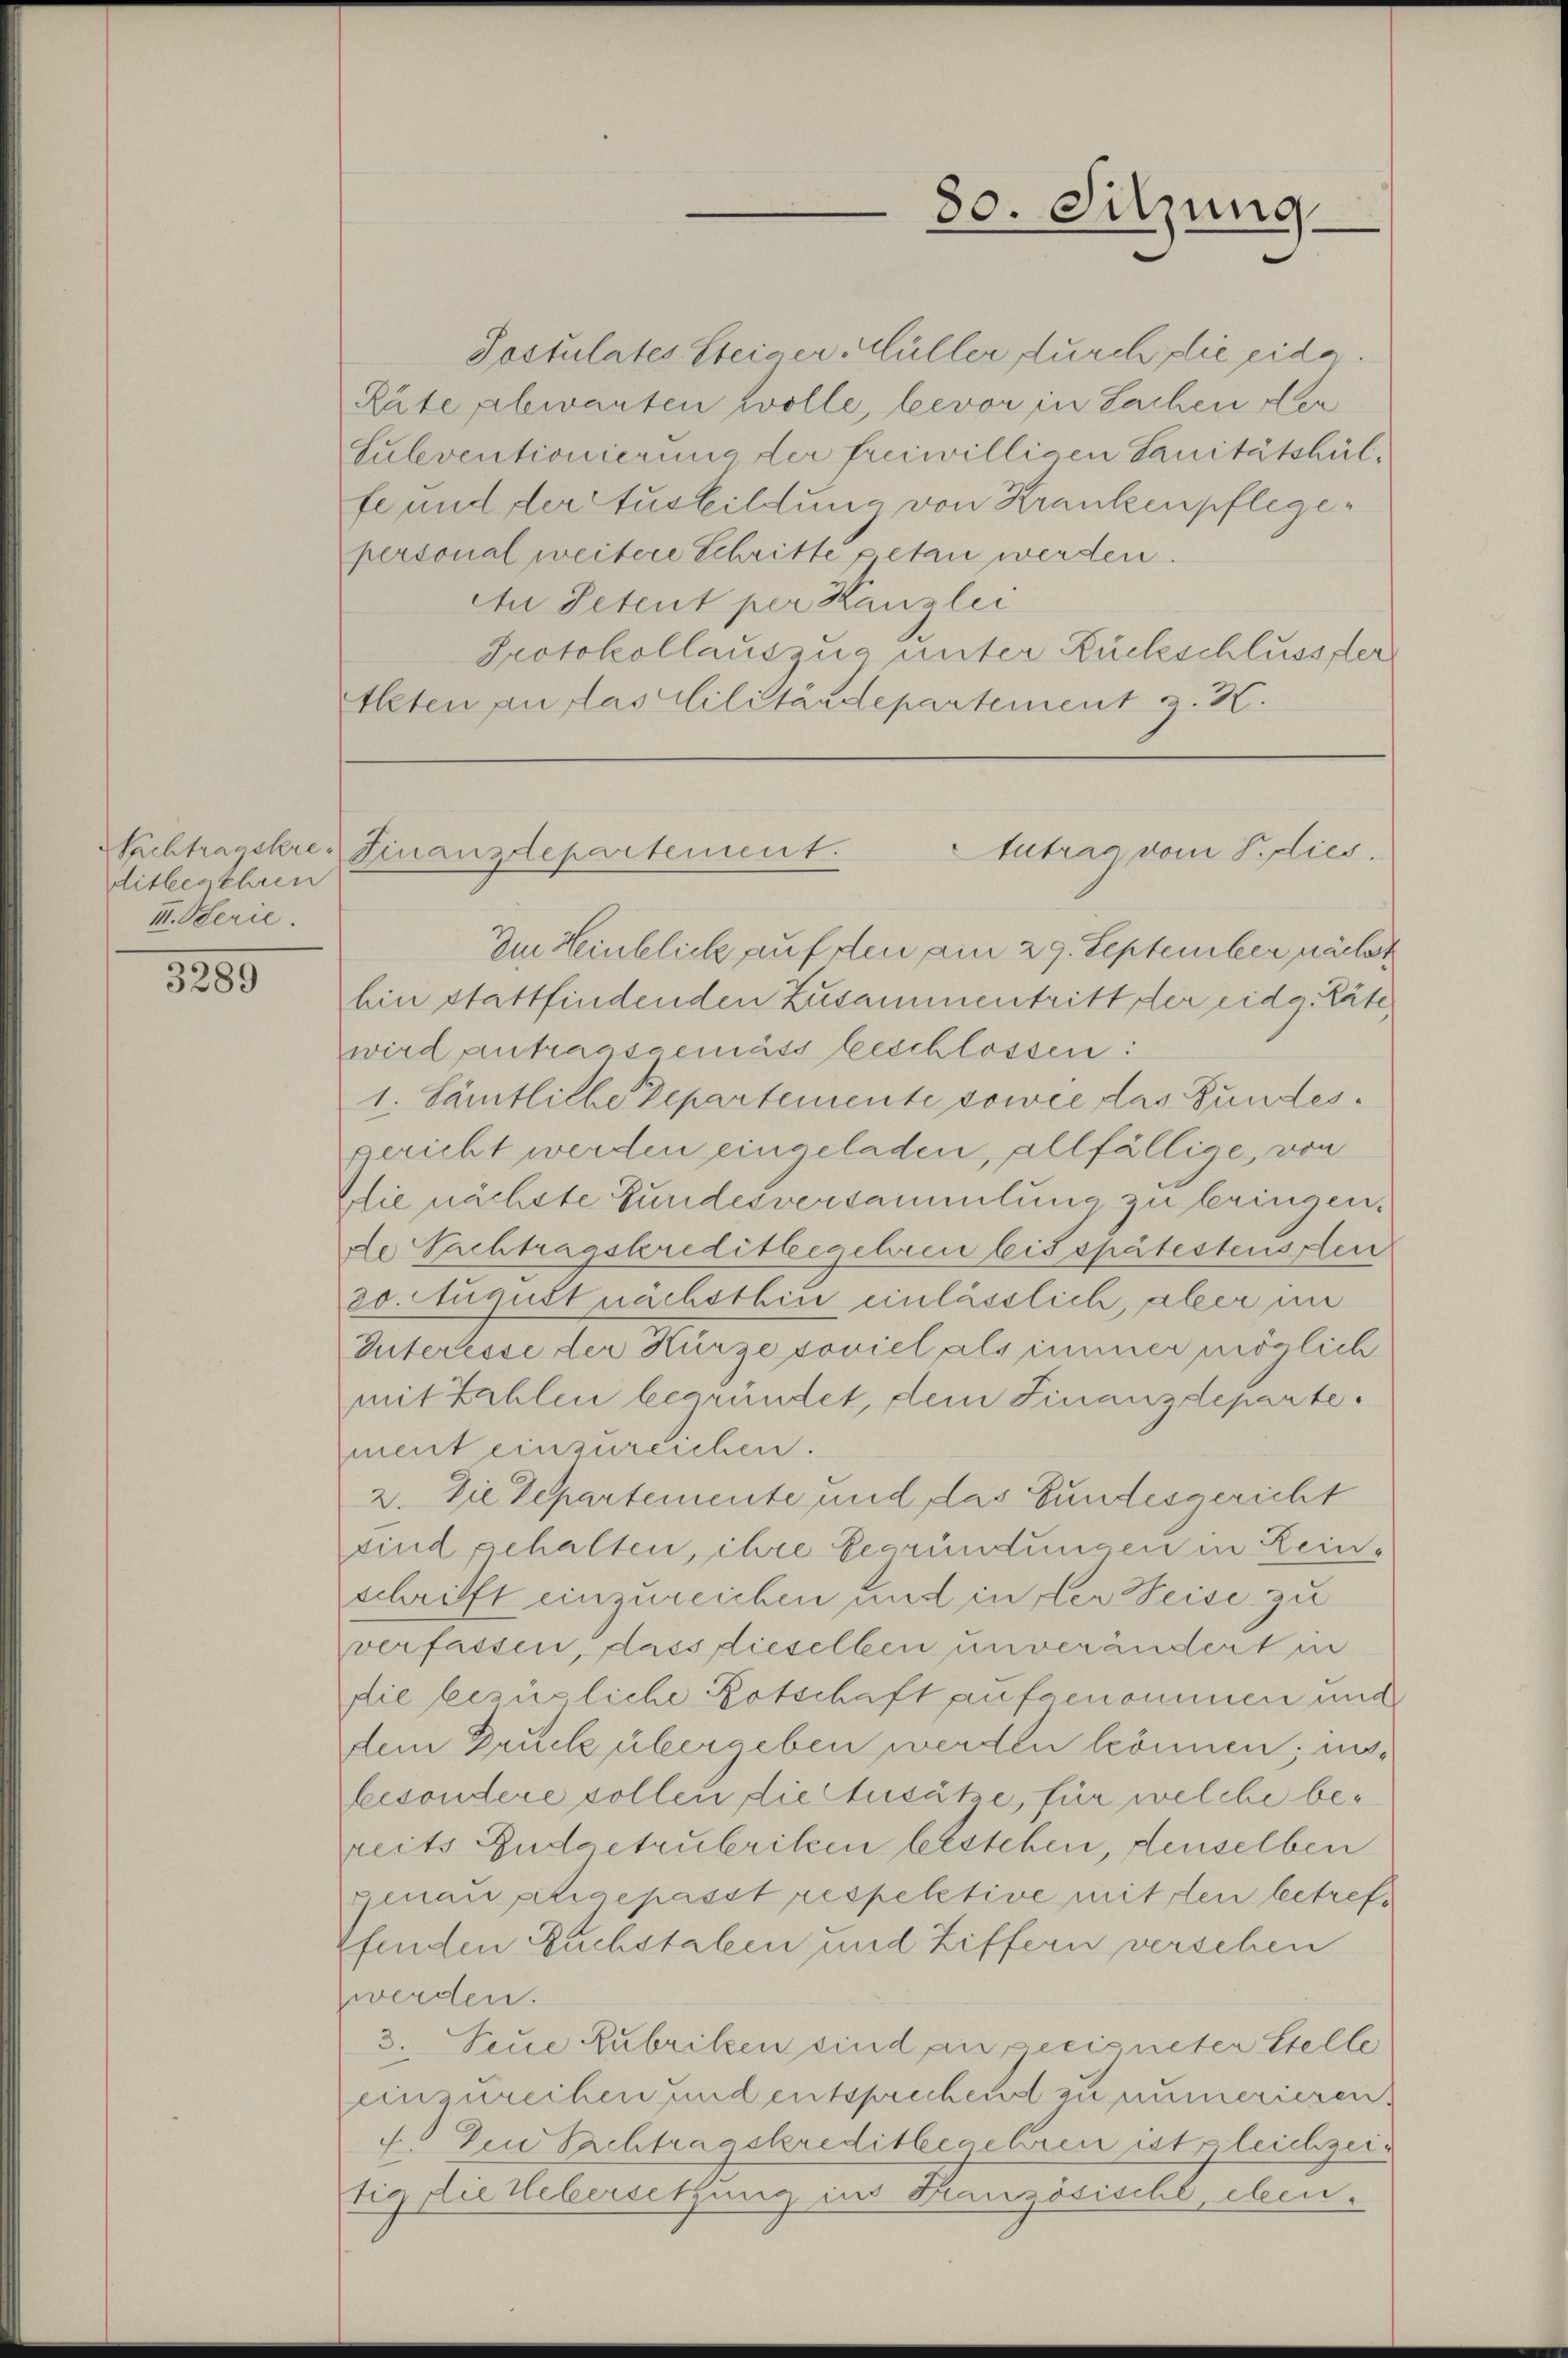
Pachtragskre
ditbegehren
II. Serie.

3289

Postulates Steiger Müller durch die eida.
Räte plewanten wolle, bevor in Sachen der
Suleventionierung der freiwilligen Sanitätshülfe und der tusbildung von Krankenpflegepersonal weitere Schritte getan werden.
An Petent per Kanzlei
Protokollauszug unter Rückschlusser
tleten an das Militärdepartement z. B.

Im Heinblick auf den am 29. September nächst
hin stattfindenden Zusammentritt der eidg. Räte
wird antragsgemäss beschlossen:
1. Sämtliche Departemente sowie das Bundesgericht werden eingeladen, allfällige, von
Die nächste Fundesversammlung zu bringen.
de Nachtragskreditbegehren bis spätestenstlen
30. August nächsthin einlässlich, aber im
Interesse der Kürze soviel als immer möglich
mit Zahlen begründet, dem Finanzdeparte.
ment einzureichen.
2. Die Departemente und das Bundesgericht
sind gehalten, ihre Begründungen in Leinschrifft einzureichen und in der Weise zu
verfassen, dass dieselben unverändert in
die bezügliche Botschaft aufgenommen und
dem Druck übergeben werden können; inbesondere sollen die Ausätze, für welche bereits Budgetrubriken bestehen, denselben
genau eigepasst respektive mit den betreffenden Fuchstaben und Ziffern versehen
Zwerden.
3. Feue Zubriken sind an geeigneten Stelle
einzureihen und entsprechend zu numerieren.
4.) Den Pachtragskreditbenehren ist gleichzeitig die Uebersetzung in Französische, eben.

30. Sitzung.

Finanzrtepartement.
Autrag vom Pies.